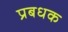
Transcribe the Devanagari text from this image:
प्रबधक